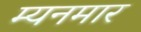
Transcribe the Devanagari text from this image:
म्यनमार